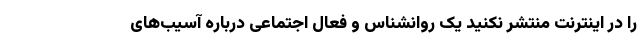
را در اینترنت منتشر نکنید یک روانشناس و فعال اجتماعی درباره آسیب‌های